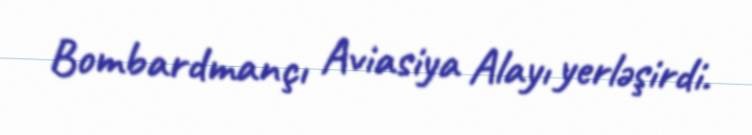
Bombardmançı Aviasiya Alayı yerləşirdi.